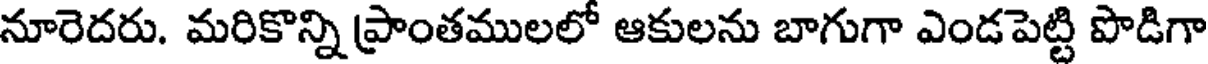
నూరెదరు. మరికొన్ని ప్రాంతములలో ఆకులను బాగుగా ఎండపెట్టి పొడిగా